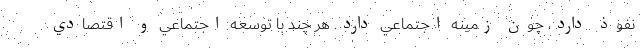
نفوذ دارد، چون زمينه اجتماعي دارد. هر چند با توسعه اجتماعي و اقتصادي